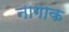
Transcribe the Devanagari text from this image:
नागाक